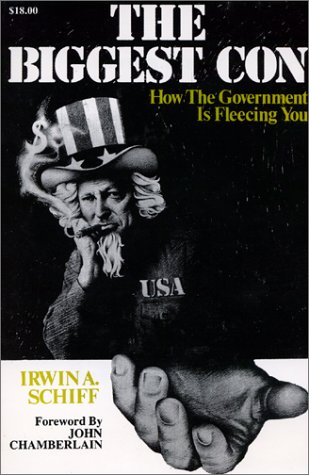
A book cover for The Biggest Con: How the Government Is Fleecing You; Irwin A. Schiff; Business & Money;